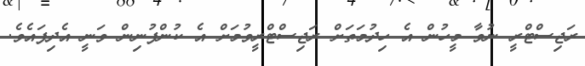
ރަޖިސްޓްރީ ނުވާ މީހުން އެ ހިދުމަތަށް ރަޖިސްޓްރީވުމަށް އެ ކުންފުނިން ވަނީ އެދިފައެވެ.